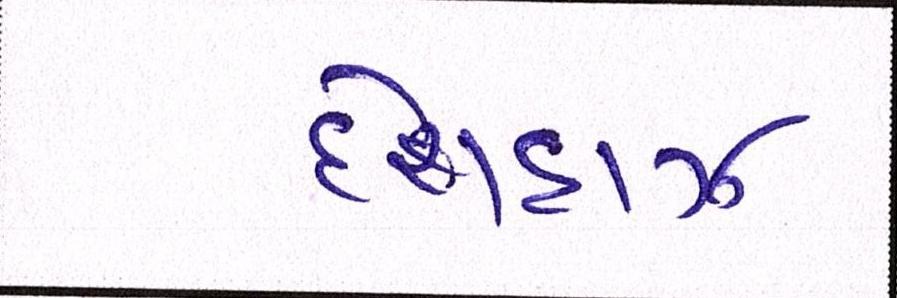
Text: દેશદાઝ